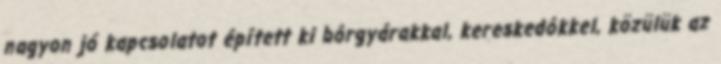
nagyon jó kapcsolatot épített ki bôrgyárakkal, kereskedôkkel, közülük az